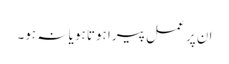
ان پر عمل پیرا ہوتا ہو یا نہ ہو۔